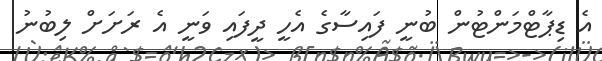
އެ ޑިޕާޓްމަންޓުން ބުނީ ފައިސާގެ އެހީ ދީފައި ވަނީ އެ ރަށަށް ލިބުނު